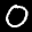
Label: 0